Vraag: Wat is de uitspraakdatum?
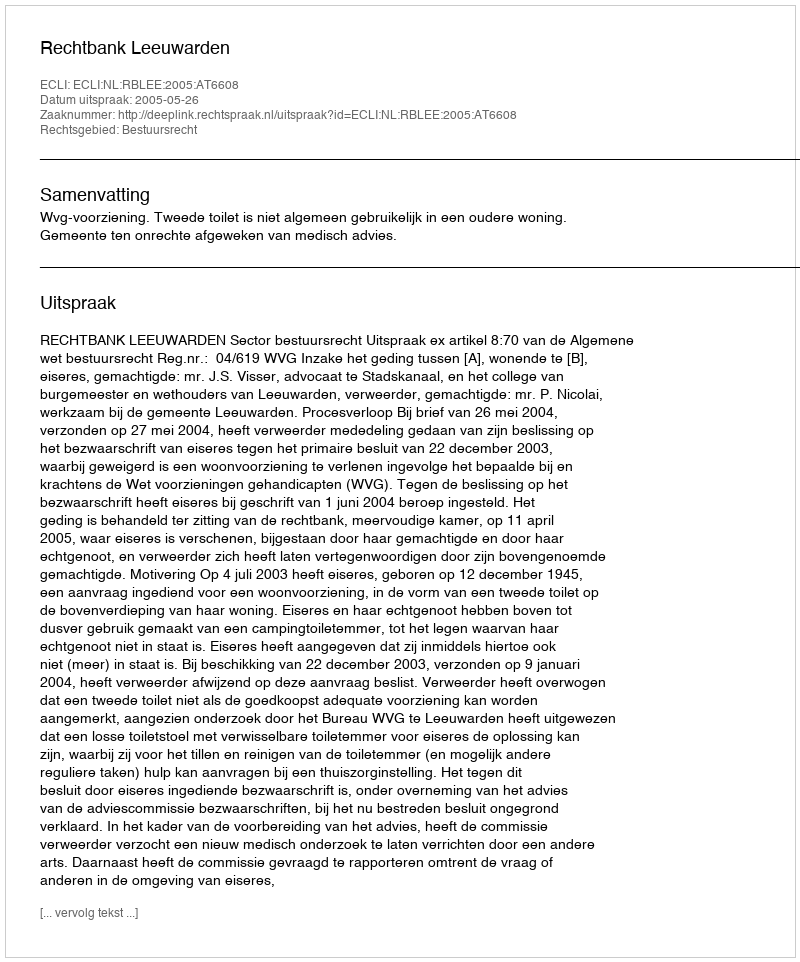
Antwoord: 2005-05-26